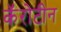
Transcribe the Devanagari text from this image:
कॅरोटीन